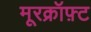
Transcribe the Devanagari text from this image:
मूरक्रॉफ़्ट